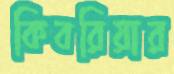
কিবরিয়ার